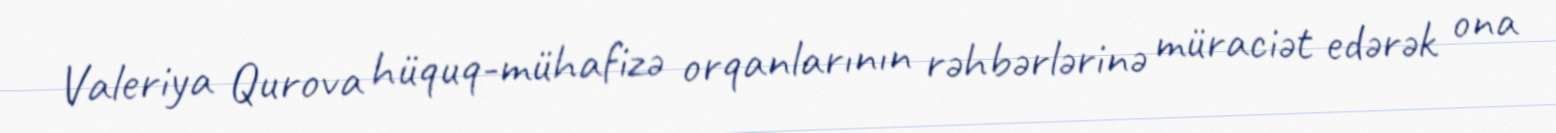
Valeriya Qurova hüquq-mühafizə orqanlarının rəhbərlərinə müraciət edərək ona